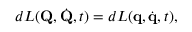
d L ( \mathbf { Q } , { \dot { \mathbf { Q } } } , t ) = d L ( \mathbf { q } , { \dot { \mathbf { q } } } , t ) ,